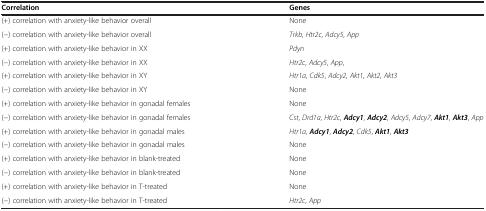
<table><thead><tr><td><b>Correlation</b></td><td><b>Genes</b></td></tr></thead><tbody><tr><td>(+) correlation with anxiety-like behavior overall</td><td>None</td></tr><tr><td>(-) correlation with anxiety-like behavior overall</td><td><i>Trkb</i>, <i>Htr2c</i>, <i>Adcy5</i>, <i>App</i></td></tr><tr><td>(+) correlation with anxiety-like behavior in XX</td><td><i>Pdyn</i></td></tr><tr><td>(-) correlation with anxiety-like behavior in XX</td><td><i>Htr2c</i>, <i>Adcy5</i>, <i>App</i>,</td></tr><tr><td>(+) correlation with anxiety-like behavior in XY</td><td><i>Htr1a</i>, <i>Cdk5</i>, <i>Adcy2</i>, <i>Akt1</i>, <i>Akt2</i>, <i>Akt3</i></td></tr><tr><td>(-) correlation with anxiety-like behavior in XY</td><td>None</td></tr><tr><td>(+) correlation with anxiety-like behavior in gonadal females</td><td>None</td></tr><tr><td>(-) correlation with anxiety-like behavior in gonadal females</td><td><i>Cst</i>, <i>Drd1a</i>, <i>Htr2c</i>, <b><i>Adcy1</i></b>, <b><i>Adcy2</i></b>, <i>Adcy5</i>, <i>Adcy7</i>, <b><i>Akt1</i></b>, <b><i>Akt3</i></b>, <i>App</i></td></tr><tr><td>(+) correlation with anxiety-like behavior in gonadal males</td><td><i>Htr1a</i>, <b><i>Adcy1</i></b>, <b><i>Adcy2</i></b>, <i>Cdk5</i>, <b><i>Akt1</i></b>, <b><i>Akt3</i></b></td></tr><tr><td>(-) correlation with anxiety-like behavior in gonadal males</td><td>None</td></tr><tr><td>(+) correlation with anxiety-like behavior in blank-treated</td><td>None</td></tr><tr><td>(-) correlation with anxiety-like behavior in blank-treated</td><td>None</td></tr><tr><td>(+) correlation with anxiety-like behavior in T-treated</td><td>None</td></tr><tr><td>(-) correlation with anxiety-like behavior in T-treated</td><td><i>Htr2c</i>, <i>App</i></td></tr></tbody></table>